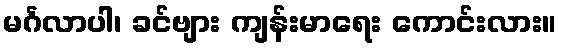
မင်္ဂလာပါ၊ ခင်ဗျား ကျန်းမာရေး ကောင်းလား။